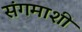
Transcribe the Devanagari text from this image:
संगमाशी